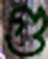
গু